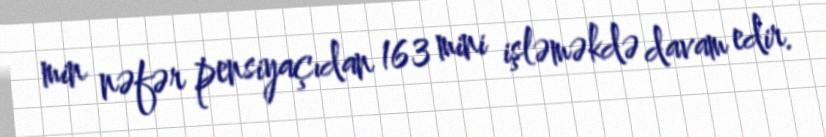
min nəfər pensiyaçıdan 163 mini işləməkdə davam edir.